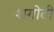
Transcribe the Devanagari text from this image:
शगोटी